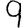
Digit: 9